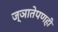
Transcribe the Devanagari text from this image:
ज्ञातेपणही